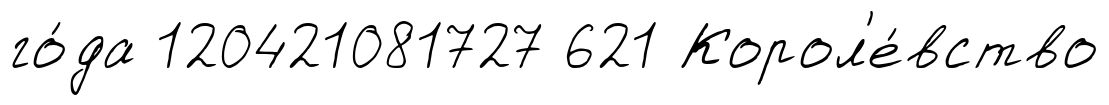
го́да 120421081727 621 Корол'е́вство